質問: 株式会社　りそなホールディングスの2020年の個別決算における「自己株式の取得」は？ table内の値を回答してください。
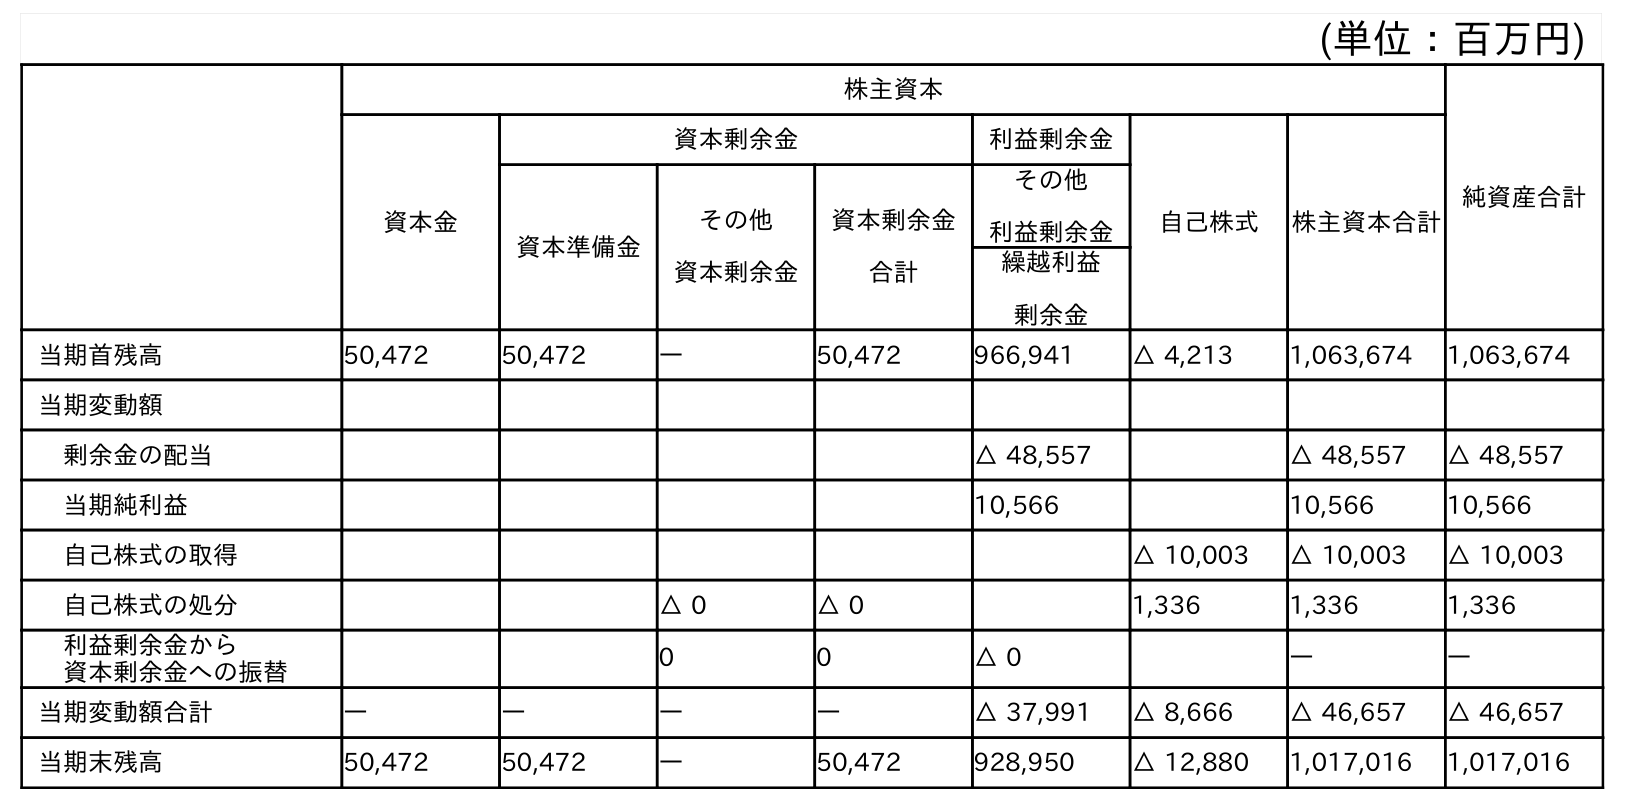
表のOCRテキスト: (単位：百万円) 株主資本 純資産合計 資本金 資本剰余金 利益剰余金 自己株式 株主資本合計 資本準備金 その他 資本剰余金 資本剰余金 合計 その他 利益剰余金 繰越利益 剰余金 当期首残高 50,472 50,472 ― 50,472 966,941 △ 4,213 1,063,674 1,063,674 当期変動額 剰余金の配当 △ 48,557 △ 48,557 △ 48,557 当期純利益 10,566 10,566 10,566 自己株式の取得 △ 10,003 △ 10,003 △ 10,003 自己株式の処分 △ 0 △ 0 1,336 1,336 1,336 利益剰余金から 資本剰余金への振替 0 0 △ 0 ― ― 当期変動額合計 ― ― ― ― △ 37,991 △ 8,666 △ 46,657 △ 46,657 当期末残高 50,472 50,472 ― 50,472 928,950 △ 12,880 1,017,016 1,017,016
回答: △10,003